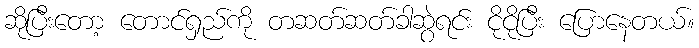
ဆိုပြီးတော့ တောင်ရှည်ကို တဆတ်ဆတ်ခါဆွဲရင်း ငိုငိုပြီး ပြောနေတယ်။